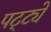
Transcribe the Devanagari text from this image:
पट्ट्ये